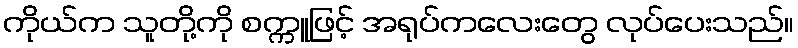
ကိုယ်က သူတို့ကို စက္ကူဖြင့် အရုပ်ကလေးတွေ လုပ်ပေးသည်။